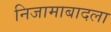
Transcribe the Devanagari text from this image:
निजामाबादला